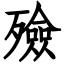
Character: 殮